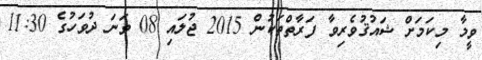
ވީމާ މިކަމަށް ޝައުޤުވެރިވާ ފަރާތްތަކުން 2015 ޖުލައި 08 ވަނަ ދުވަހުގެ 11:30